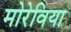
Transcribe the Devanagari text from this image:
मोरेविया